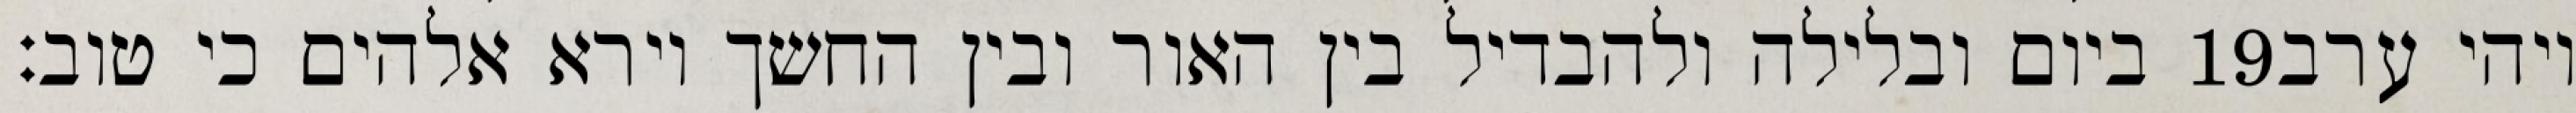
ביום ובלילה ולהבדיל בין האור ובין החשך וירא אלהים כי טוב׃ ‎19‏ ויהי ערב